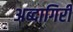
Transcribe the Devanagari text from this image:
अब्दागिरी